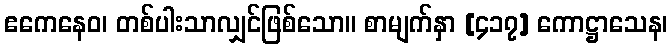
ဧကေနေဝ၊ တစ်ပါးသာလျှင်ဖြစ်သော။ စာမျက်နှာ [၄၁၇] ကောဋ္ဌာသေန၊